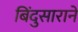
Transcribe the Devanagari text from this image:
बिंदुसाराने